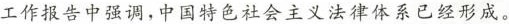
工作报告中强调，中国特色社会主义法律体系已经形成。